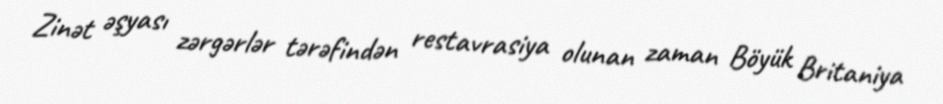
Zinət əşyası zərgərlər tərəfindən restavrasiya olunan zaman Böyük Britaniya